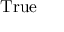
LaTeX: \mathrm { T r u e }